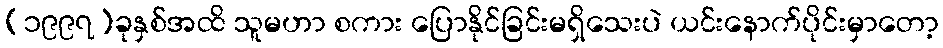
(၁၉၉၇)ခုနှစ်အထိ သူမဟာ စကား ပြောနိုင်ခြင်းမရှိသေးပဲ ယင်းနောက်ပိုင်းမှာတော့